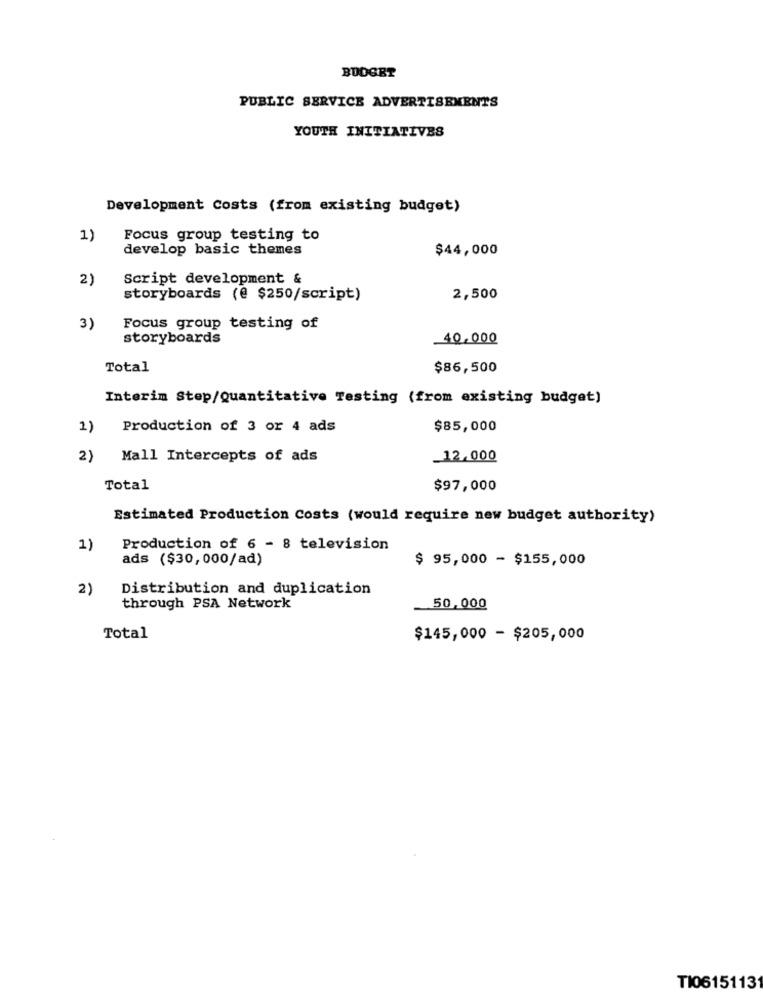
BUDGET
PUBLIC SERVICE ADVERTISEMENTS
YOUTH INITIATIVES
Development Costs (from existing budget)
1)
Focus group testing to
develop basic themes
$44,000
2)
Script development &
storyboards (@ $250/script)
2,500
3)
Focus group testing of
storyboards
40,000
Total
$86,500
Interim Step/Quantitative Testing (from existing budget)
1)
Production of 3 or 4 ads
$85,000
2)
Mall Intercepts of ads
12,000
Total
$97,000
Estimated Production Costs (would require new budget authority)
1)
Production of 6 - 8 television
ads ($30,000/ad)
$ 95,000 - $155,000
2)
Distribution and duplication
through PSA Network
50,000
Total
$145,000 - $205,000
TI0615113